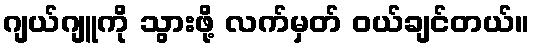
ဂျယ်ဂျူကို သွားဖို့ လက်မှတ် ဝယ်ချင်တယ်။